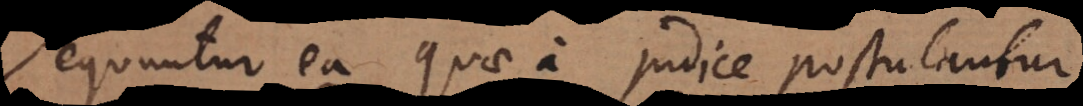
Sequuntur ea quae a judice postulantur,